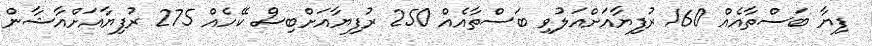
ފިޔާ ބަސްތާއެއް 160 ރުފިޔާއަށްއަލުވި ބަސްތާއެއް 250 ރުފިޔާއަށްބިސް ކޭހެއް 275 ރުފިޔާއަށްއާޝާން